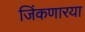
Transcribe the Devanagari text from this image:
जिंकणारया